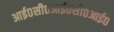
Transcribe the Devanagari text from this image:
आई०सी०आई०सी०आई०